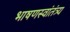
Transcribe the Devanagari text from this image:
भाषणस्वांतंत्र्य